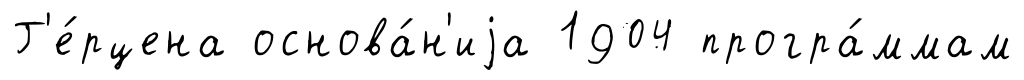
Г'е́рцена основа́н'иjа 1904 програ́ммам